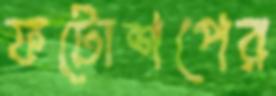
ফটোশপের